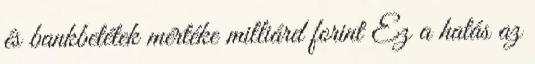
és bankbetétek mértéke milliárd forint Ez a hatás az